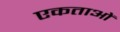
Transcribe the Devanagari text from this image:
एकताओं